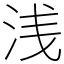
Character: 浅